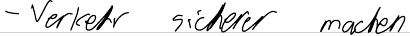
- Verkehr sicherer machen